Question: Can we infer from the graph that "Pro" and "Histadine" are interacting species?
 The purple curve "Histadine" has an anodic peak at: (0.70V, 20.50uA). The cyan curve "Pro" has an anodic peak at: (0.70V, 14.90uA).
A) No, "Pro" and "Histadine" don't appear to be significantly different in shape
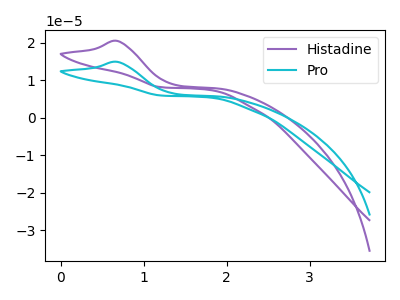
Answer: <think>All the peaks in "Pro" have a peak in "Histadine" at the same potential. Every peak in "Pro" is lower than every peak in "Histadine".
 </think>
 <answer>A) No, "Pro" and "Histadine" don't appear to be significantly different in shape</answer>
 <eval>A</eval>